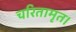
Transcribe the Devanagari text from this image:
चरितामृत।